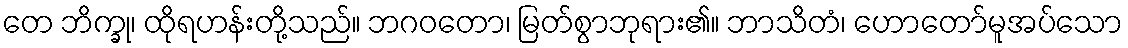
တေ ဘိက္ခု၊ ထိုရဟန်းတို့သည်။ ဘဂဝတော၊ မြတ်စွာဘုရား၏။ ဘာသိတံ၊ ဟောတော်မူအပ်သော